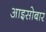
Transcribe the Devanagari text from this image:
आइसोबार